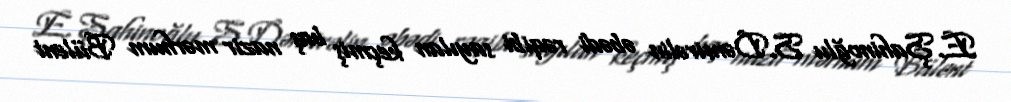
E.Şahinoğlu S.Dəmirəlin əbədi rəqibi sayılan keçmiş baş nazir mərhum Bülent